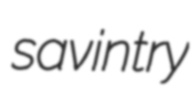
savintry